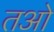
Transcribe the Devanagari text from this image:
तओ